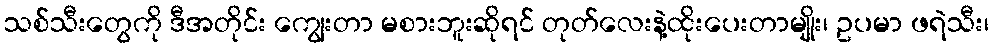
သစ်သီးတွေကို ဒီအတိုင်း ကျွေးတာ မစားဘူးဆိုရင် တုတ်လေးနဲ့ထိုးပေးတာမျိုး၊ ဥပမာ ဖရဲသီး၊